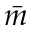
\bar { m }